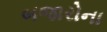
બજારોના